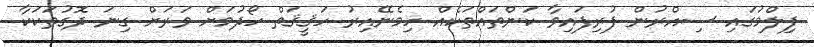
ފިލްމުގައި ސިއްރުން ފުރިފައިވާ ކަންތައްތަކެއް ހިމެނޭއިރު ހަޤީޤަތް ހޯދުމަށް ވަރަށް ގިނަ ދޮގުތަކަކާ